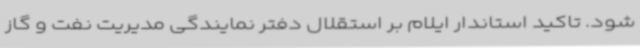
شود. تاکید استاندار ایلام بر استقلال دفتر نمایندگی مدیریت نفت و گاز